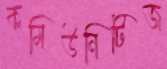
কমিউনিটিজ